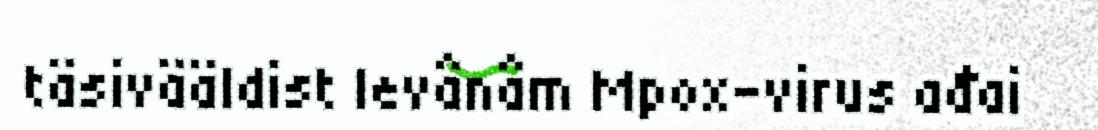
täsivääldist levânâm Mpox-virus ađai